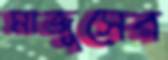
মাজুসের